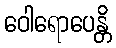
ဝေါရောပေန္တိ